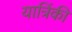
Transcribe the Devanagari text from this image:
यात्रिंकी